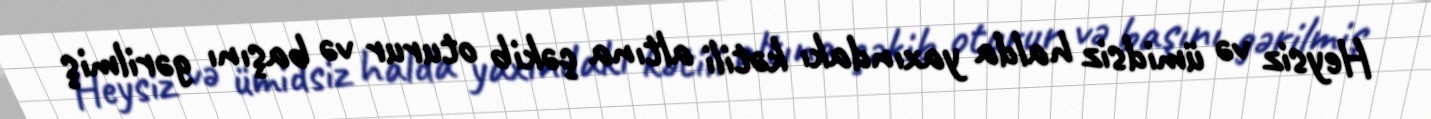
Heysiz və ümidsiz halda yaxındakı kətili altına çəkib oturur və başını gərilmiş